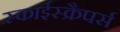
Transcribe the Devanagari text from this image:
स्काईस्क्रैपर्स